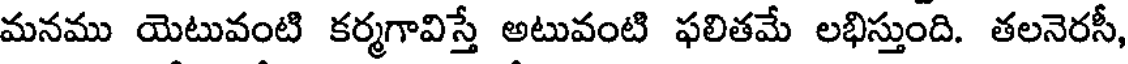
మనము యెటువంటి కర్మగావిస్తే అటువంటి ఫలితమే లభిస్తుంది. తలనెరసీ